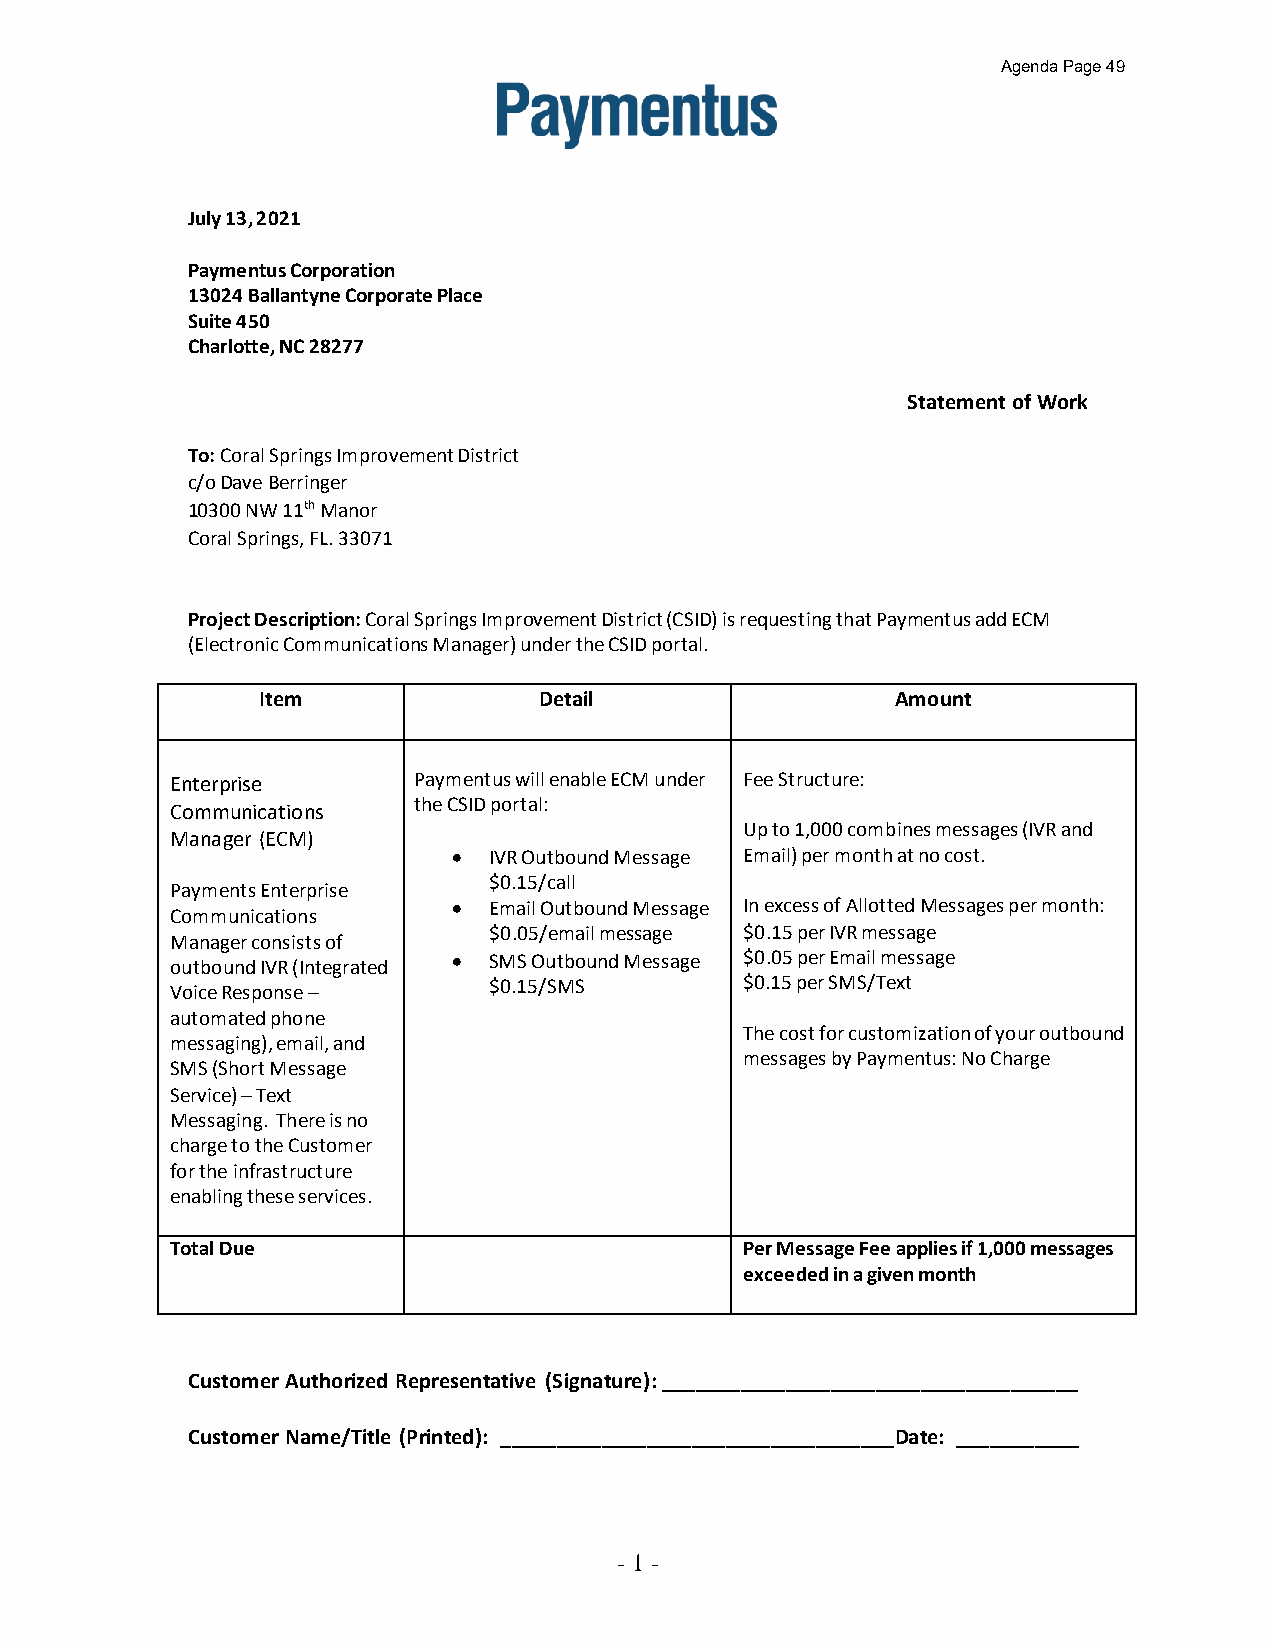
Agenda Page 49
 Paymentus
 July 13, 2021
 Paymentus Corporation
 13024 Ballantyne Corporate Place
 Suite 450
 Charlotte, NC 28277
 Statement of Work
 To: Coral Springs Improvement District
 c/o Dave Berringer
 10300 NW 11th Manor
 Coral Springs, FL. 33071
 Project Description: Coral Springs Improvement District (CSID) is requesting that Paymentus add ECM
 (Electronic Communications Manager) under the CSID portal.
 Item               Detail                 Amount
 Enterprise      Paymentus will enable ECM under Fee Structure:
 the CSID portal:
 Communications
 Up to 1,000 combines messages (IVR and
 Manager (ECM)
  IVR Outbound Message Email) per month at no cost.
 $0.15/call
 Payments Enterprise
  Email Outbound Message In excess of Allotted Messages per month:
 Communications
 $0.05/email message $0.15 per IVR message
 Manager consists of
 outbound IVR (Integrated  SMS Outbound Message $0.05 per Email message
 Voice Response –     $0.15/SMS        $0.15 per SMS/Text
 automated phone
 The cost for customization of your outbound
 messaging), email, and
 messages by Paymentus: No Charge
 SMS (Short Message
 Service) – Text
 Messaging. There is no
 charge to the Customer
 for the infrastructure
 enabling these services.
 Total Due                             Per Message Fee applies if 1,000 messages
 exceeded in a given month
 Customer Authorized Representative (Signature): _____________________________________
 Customer Name/Title (Printed): ___________________________________Date: ___________
 - 1-